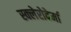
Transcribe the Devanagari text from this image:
स्क्लेरोदेर्मा